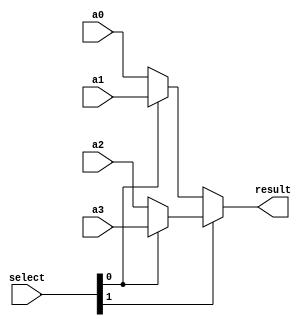
//

module selector_2bits (
    input [7:0] a0, a1, a2, a3,
    input [1:0] select,
    output [7:0] result
    );
    
    wire [7:0] mid_num_bit1;
    wire [7:0] mid_num_bit0;
    
    assign mid_num_bit1 = select[0] ? a3 : a2;
    assign mid_num_bit0 = select[0] ? a1 : a0;
    
    assign result = select[1] ? mid_num_bit1 : mid_num_bit0;
    
endmodule